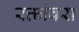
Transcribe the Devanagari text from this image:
रक्तांबरा